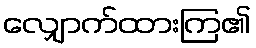
လျှောက်ထားကြ၏